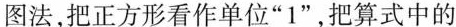
图法，把正方形看作单位“1”，把算式中的